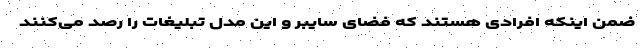
ضمن اینکه افرادی هستند که فضای سایبر و این مدل تبلیغات را رصد می‌کنند